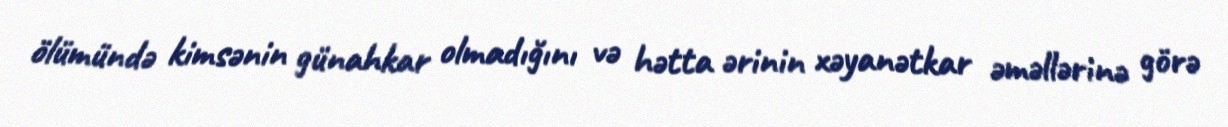
ölümündə kimsənin günahkar olmadığını və hətta ərinin xəyanətkar əməllərinə görə